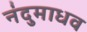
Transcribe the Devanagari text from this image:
नंदुमाधव